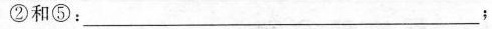
②和⑤：___；